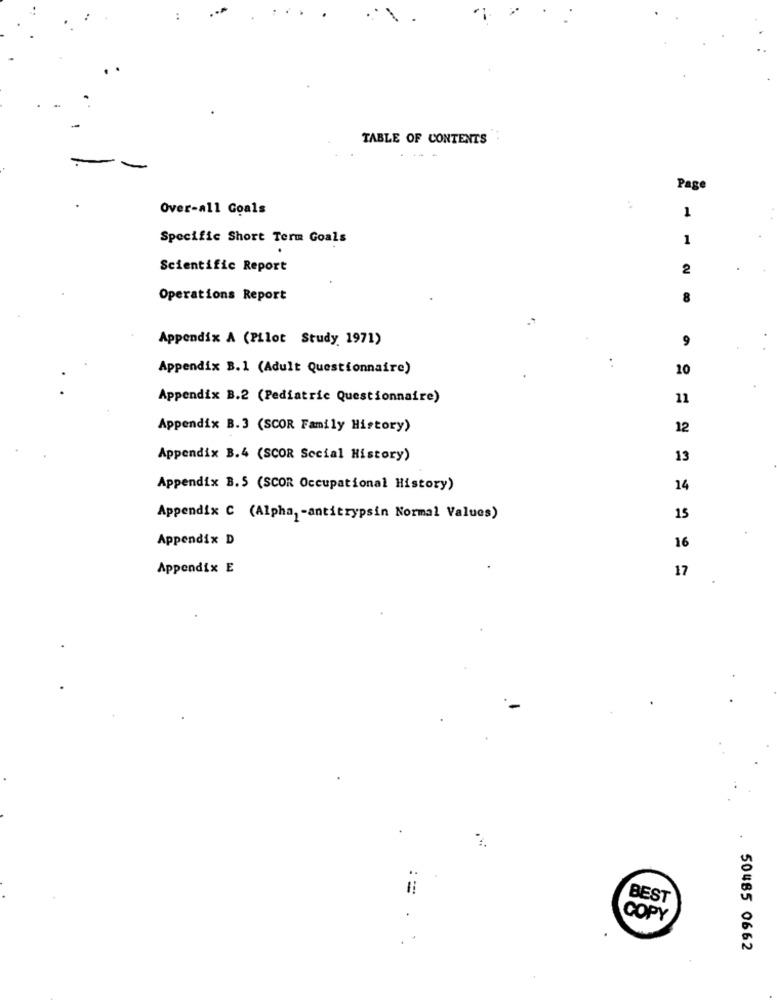
TABLE OF CONTENTS
Page
Over-all Goals
1
Specific Short Term Goals
1
Scientific Report
2
Operations Report
8
Appendix A (Pilot Study 1971)
..
Appendix B.1 (Adult Questionnaire)
10
Appendix B.2 (Pediatric Questionnaire)
11
Appendix B.3 (SCOR Family History)
12
Appendix B.4 (SCOR Social History)
13
Appendix B.5 (SCOR Occupational History)
14
Appendix C (Alpha -antitrypsin Normal Values)
15
Appendix D
16
Appendix E
17
BEST
= =
COPY
50485 0662